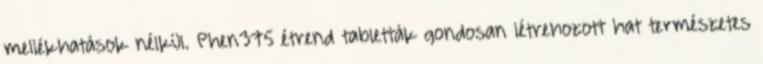
mellékhatások nélkül. Phen375 étrend tabletták gondosan létrehozott hat természetes